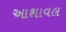
આશાવલ